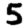
Digit: 5